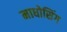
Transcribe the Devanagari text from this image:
माधोसिंग